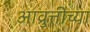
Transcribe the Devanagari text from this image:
आव्रुत्तीच्या